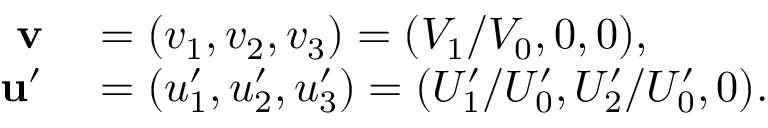
\begin{array} { r l } { \mathbf { v } } & { { } = ( v _ { 1 } , v _ { 2 } , v _ { 3 } ) = ( V _ { 1 } / V _ { 0 } , 0 , 0 ) , } \\ { \mathbf { u ^ { \prime } } } & { { } = ( u _ { 1 } ^ { \prime } , u _ { 2 } ^ { \prime } , u _ { 3 } ^ { \prime } ) = ( U _ { 1 } ^ { \prime } / U _ { 0 } ^ { \prime } , U _ { 2 } ^ { \prime } / U _ { 0 } ^ { \prime } , 0 ) . } \end{array}